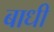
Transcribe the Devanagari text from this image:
बाधी